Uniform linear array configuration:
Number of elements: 4
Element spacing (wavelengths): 0.5
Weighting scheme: hann
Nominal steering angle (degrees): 45
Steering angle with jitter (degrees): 46.327
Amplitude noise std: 0.05
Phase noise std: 0.05

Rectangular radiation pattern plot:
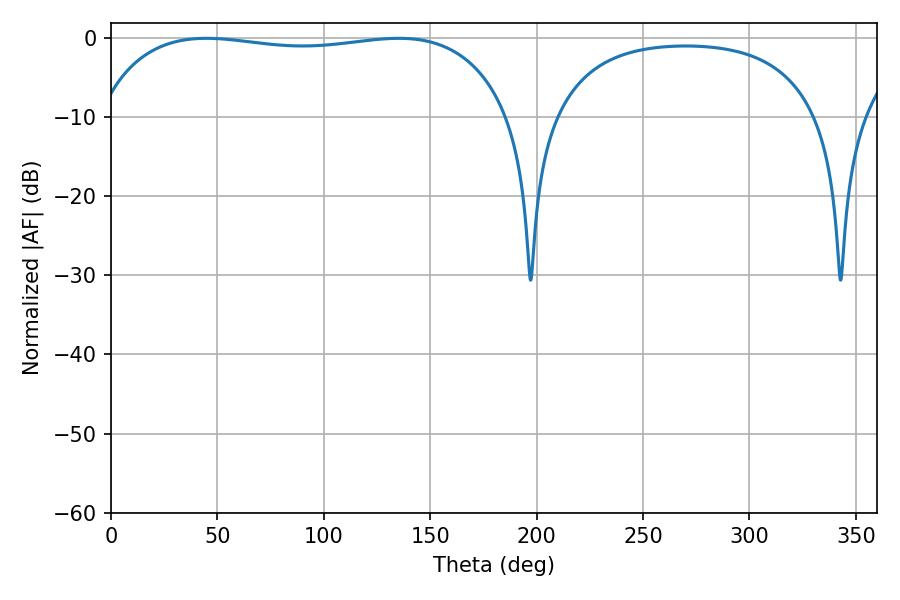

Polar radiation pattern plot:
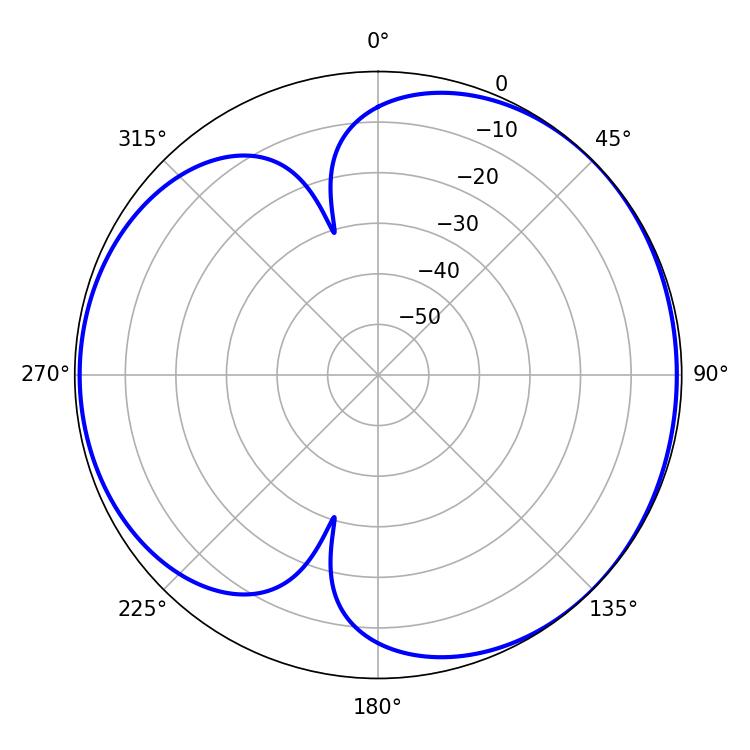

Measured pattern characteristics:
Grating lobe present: FALSE
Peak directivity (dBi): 4.467
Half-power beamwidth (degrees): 156.24
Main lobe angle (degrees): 44.82